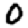
Digit: 0